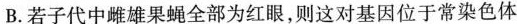
B.若子代中雌雄果蝇全部为红眼，则这对基因位于常染色体